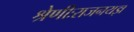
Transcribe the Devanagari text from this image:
श्रेणीःराजनयज्ञ